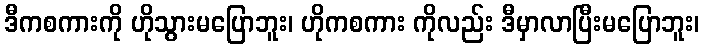
ဒီကစကားကို ဟိုသွားမပြောဘူး၊ ဟိုကစကား ကိုလည်း ဒီမှာလာပြီးမပြောဘူး၊